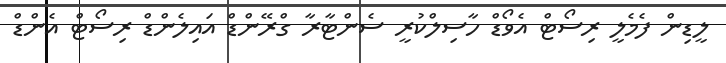
ލީޑިން ފެމެލީ ރިސޯޓް އެވޯޑް ހާސިލްކުރީ ސެންޓާރާ ގްރޭންޑް އައިލެންޑް ރިސޯޓް އެންޑް